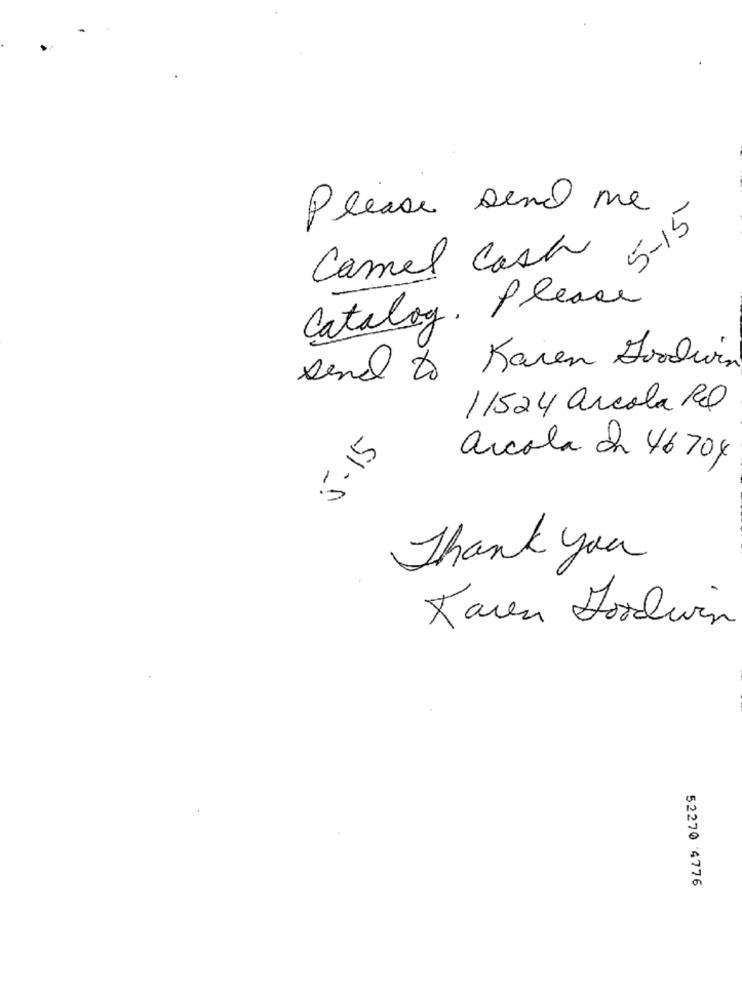
Please send me
5-15
Camel Cash
Catalog. Please
send to Karen Goodwin
11524 arcola RO
5-15
arcola on 46704
Thank you
Karen Goodwin
52270 4776